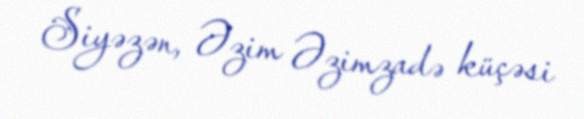
Siyəzən, Əzim Əzimzadə küçəsi